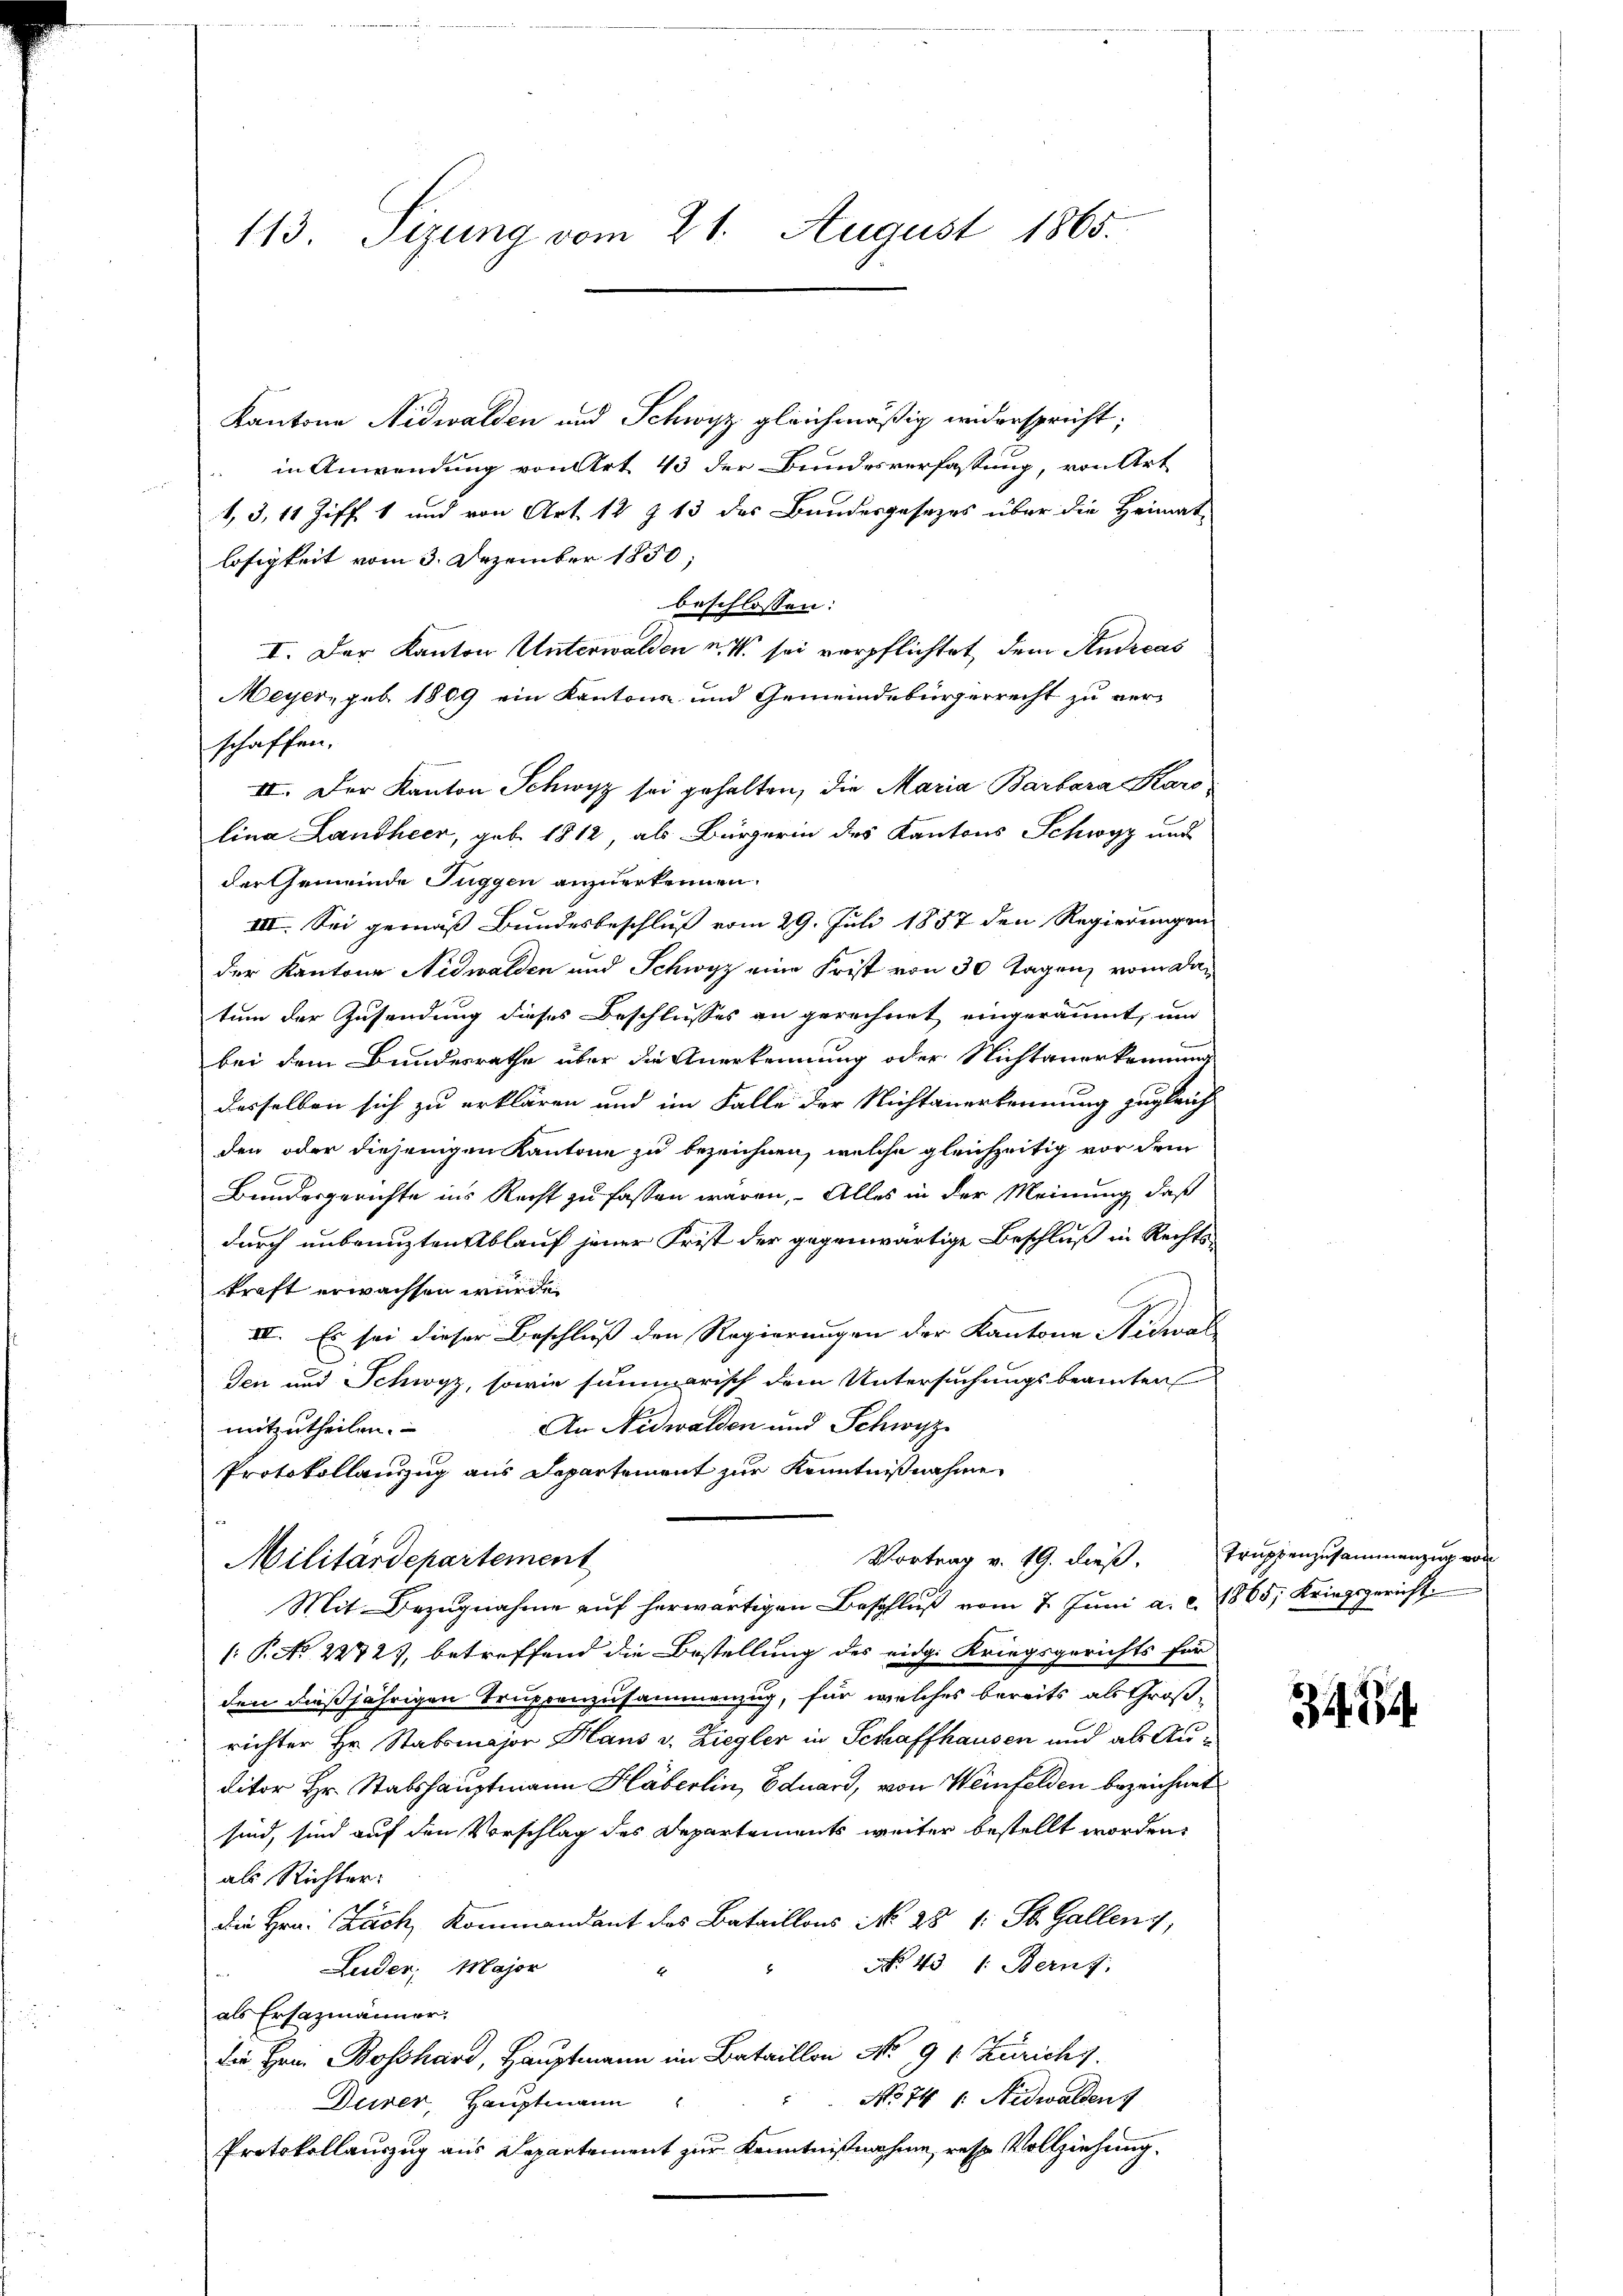
113. Sizung vom 21. August 1865.

Kantone Nidwalden und Schwyz gleichmäßig widerspricht;
in Anwendung von Art. 43 der Bundesverfassung, von Art
1, 3, 11 Ziff. 1 und von Art. 12 § 13 des Bundesgesezes über die Heimat-
losigkeit vom 3. Dezember 1850;
beschlossen:
d
I. Der Kanton Unterwalden u. sei verpflichtet, dem Andreas
Meyer, geb. 1809 ein Kantons und Gemeindebürgerrecht zu verschaffen.
II. Der Kanton Schwyz sei gehalten, die Maria Barbara Karo
lina Landheer, geb. 1812, als Bürgerin des Kantons Schwyz und
der Gemeinde Tuggen anzuerkennen.
III. Sei gemäß Bundesbeschluß vom 29. Juli 1857 den Regierungen
der Kantons Nidwalden und Schwyz eine Frist von 30 Tagen, vom datum der Zusendung dieses Beschlusses an gerechnet eingeräumt, und
bei dem Bundesrathe über die Anerkennung oder Nichtanerkennung
desselben sich zu erklären und im Falle der Nichtanerkennung zugleich
den oder diejenigen Kantone zu bezeichnen, welche gleichzeitig vor dem
Bundesgerichte ins Recht zu fassen wären, Alles in der Meinung, daß
durch unbenuzten Ablauf jener Frist der gegenwärtige Beschluß in Rechtsd
kraft erwachsen würde.
L
III. Es sei dieser Beschluß den Regierungen der Kantone Nidwal
den und Schwyz, sowie summarisch dem Untersuchungsbeamten
An Nidwalden und Schwyz
mitzutheilen.
Protokollanzug aus Departement zur Kenntnißnahme
Vortrag v. 19. dieß,
Militärdepartement
Mit Bezŭgnahme aŭf herwärtigen Beschlŭβ vom 7. Jŭni a. c. 1865; Kriegsgericht
(: P. Nr. 2272), betreffend die Bestellung des eidg. Kriegsgerichts für
den dießjährigen Truppenzusammenzug, für welches bereits als Groß-
richter Hr. Stabsmajor Haus v. Ziegler in Schaffhausen und ab Auditor Hr. Stabshauptmann Häberlin, Eduard, von Weinfelden bezeichnet
sind, sind auf den Vorschlag des Departements weiter bestellt worden,
als Richter:
Die Hrn. Bach, Kommandant des Bataillons No 28 1: St. Gallenz,
No. 43 1: Bern,
Luder Major
als Ersazmänner,
die Hrn. Bosshand, Hauptmann im Bataillon No. 91. Zürichy.
No 74 1. Nidwalden
x
Durer, Hauptmann
Protokollauszug aus Departement zur Kenntnißnahme, resp. Vollziehung.

Truppenzusammenzug vor

344. 24